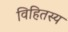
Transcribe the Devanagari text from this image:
विहितस्य